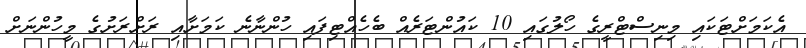
އެކަމަށްޓަކައި މިނިސްޓްރީގެ ހޯލުގައި 10 ކައުންޓަރެއް ބެހެއްޓިފައި ހުންނާނެ ކަމަށާއި ރަށްރަށުގެ މީހުންނަށް